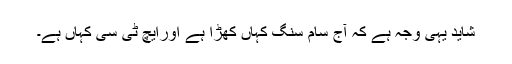
شاید یہی وجہ ہے کہ آج سام سنگ کہاں کھڑا ہے اورایچ ٹی سی کہاں ہے۔